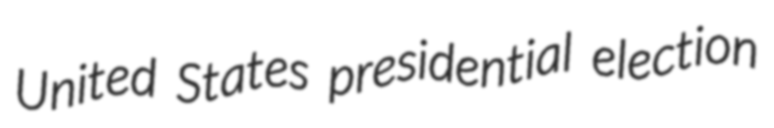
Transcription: United States presidential election